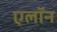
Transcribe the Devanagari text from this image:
एलॉन